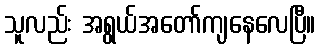
သူလည်း အရွယ်အတော်ကျနေလေပြီ။